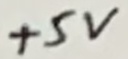
Text: +5V